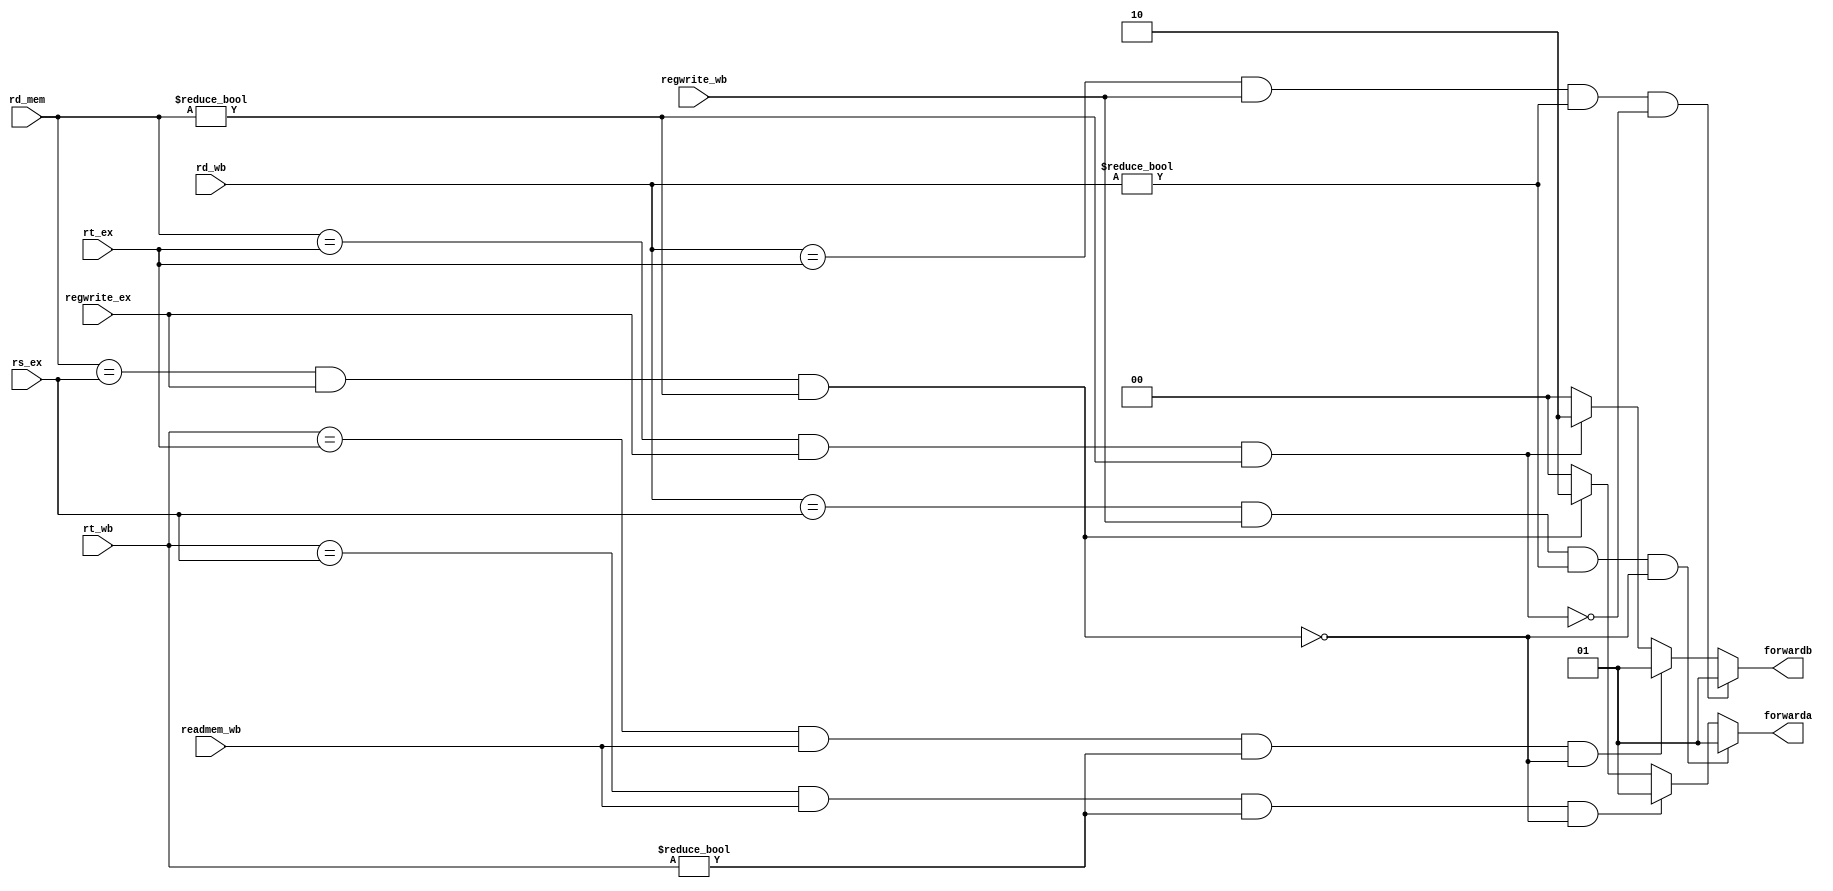
module forward_unit(rd_mem,rd_wb,rs_ex,rt_ex,regwrite_ex,regwrite_wb,rt_wb, readmem_wb,forwarda,forwardb);
  input [4:0] rd_mem,rd_wb,rs_ex,rt_ex, rt_wb;
  input regwrite_ex,regwrite_wb, readmem_wb;
  output reg [1:0] forwarda,forwardb;
  always @(rd_mem,rd_wb,rs_ex,rt_ex,regwrite_ex,regwrite_wb)
  begin 
    {forwarda,forwardb}=4'b0000;
    if(rd_mem==rs_ex && regwrite_ex==1 && rd_mem!=0)
      forwarda=2'b10;
    if(rd_mem==rt_ex && regwrite_ex==1 && rd_mem!=0)
      forwardb=2'b10; 
    if(rd_wb==rs_ex && regwrite_wb==1 && rd_wb!=0 && !(rd_mem==rs_ex && regwrite_ex==1 && rd_mem!=0))
      forwarda=2'b01;
    else if(rt_wb == rs_ex && readmem_wb == 1 && rt_wb != 0 && !(rd_mem==rs_ex && regwrite_ex==1 && rd_mem!=0))
      forwarda = 2'b01;
    if(rd_wb==rt_ex && regwrite_wb==1 && rd_wb!=0 && !(rd_mem==rt_ex && regwrite_ex==1 && rd_mem!=0))
      forwardb=2'b01; 
   else if(rt_wb == rt_ex && readmem_wb == 1 && rt_wb != 0  && !(rd_mem==rs_ex && regwrite_ex==1 && rd_mem!=0))
      forwardb = 2'b01;
   end  
  
  endmodule